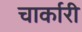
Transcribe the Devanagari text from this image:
चार्कारी